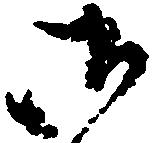
御